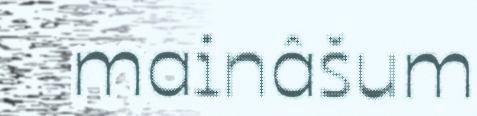
mainâšum